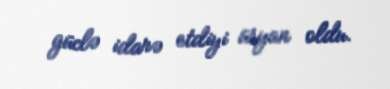
güclə idarə etdiyi üsyan oldu.